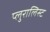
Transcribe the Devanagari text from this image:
प्लुरालिस्ट